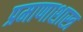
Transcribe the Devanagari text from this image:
प्रमाणाशास्त्र